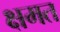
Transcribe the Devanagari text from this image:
क्षमत